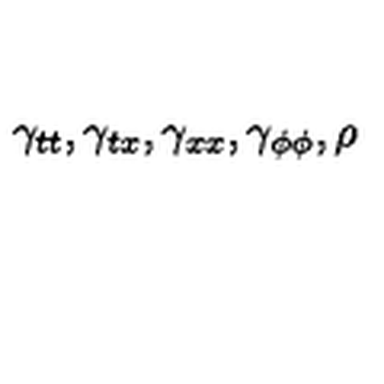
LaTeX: \gamma _ { t t } , \gamma _ { t x } , \gamma _ { x x } , \gamma _ { \phi \phi } , \rho